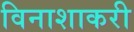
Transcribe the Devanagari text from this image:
विनाशाकरी